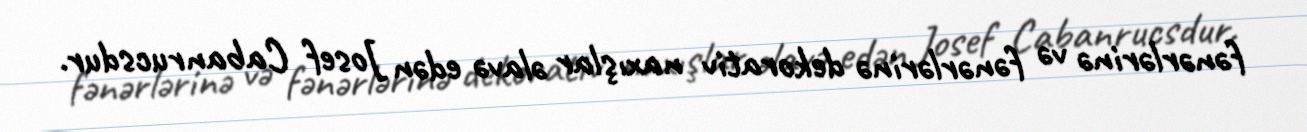
fənərlərinə və fənərlərinə dekorativ naxışlar əlavə edən Josef Cabanrucsdur.